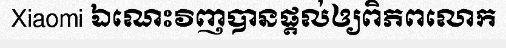
Xiaomi ឯណេះវិញបានផ្តល់ឲ្យពិភពលោក